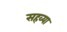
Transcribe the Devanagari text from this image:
सहव्या